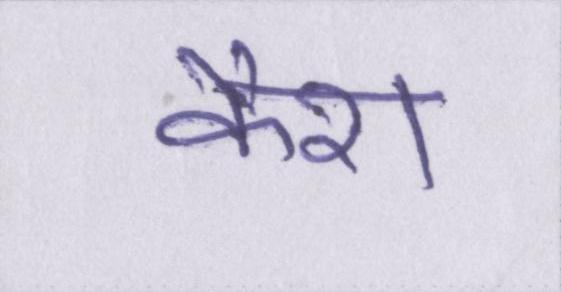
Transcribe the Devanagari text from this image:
कैश